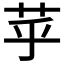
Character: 苸